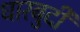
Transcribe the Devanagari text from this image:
धारबुदी